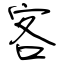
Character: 客